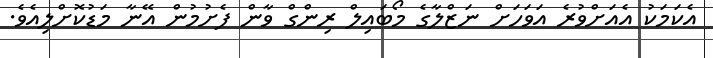
އެކަމަކު އެއަށްވުރެ އަވަހަށް ނަޒްލާގެ މޯބައިލް ރިންގް ވާން ފެށުމުން އޭނާ މަޑުކޮށްލިއެވެ.